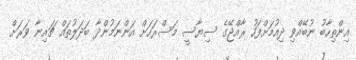
އިންތިހާބު ނުބޭއްވި ދިއުމަށްފަހު ރާއްޖޭގެ ސިޔާސީ މަސްރަހަށް އަންނަމުންދާ ބަދަލުތައް ޗައިނާ ވަރަށް